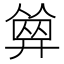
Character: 𢍩